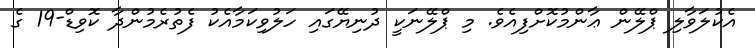
އެކުލަވާލި ޕްލޭން ޢާންމުކޮށްފިއެވެ. މި ޕްލޭނަކީ ދުނިޔޭގައި ހަލުވިކަމާއެކު ފެތުރެމުންދާ ކޮވިޑް-19 ގެ